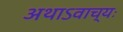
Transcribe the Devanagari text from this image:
अथाऽवाच्यः